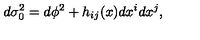
d \sigma _ { 0 } ^ { 2 } = d \phi ^ { 2 } + h _ { i j } ( x ) d x ^ { i } d x ^ { j } ,